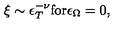
\xi \sim \epsilon _ { T } ^ { - \nu } \mathrm { f o r } \epsilon _ { \Omega } = 0 ,